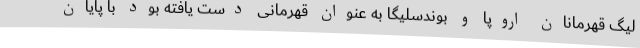
لیگ قهرمانان اروپا و بوندسلیگا به عنوان قهرمانی دست یافته بود با پایان